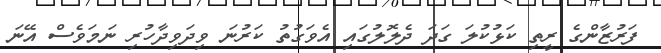
ފަރުޒާންގެ ރީތި ކަޅުކުލަ ގަދަ ދެލޮލުގައި އެވަގުތު ކަރުނަ ވިދަވިދާހުރި ނަމަވެސް އޭނަ